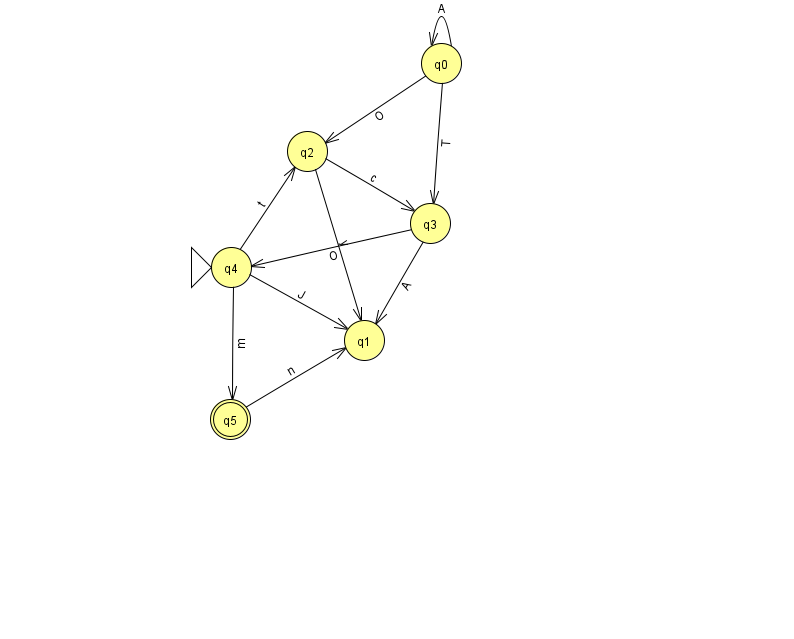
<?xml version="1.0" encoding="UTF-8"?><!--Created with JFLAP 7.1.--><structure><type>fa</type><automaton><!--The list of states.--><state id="0" name="q0"><x>441.0</x><y>50.0</y></state><state id="1" name="q1"><x>364.0</x><y>327.0</y></state><state id="2" name="q2"><x>307.0</x><y>138.0</y></state><state id="3" name="q3"><x>430.0</x><y>210.0</y></state><state id="4" name="q4"><x>231.0</x><y>254.0</y><initial/></state><state id="5" name="q5"><x>230.0</x><y>406.0</y><final/></state><!--The list of transitions.--><transition><from>3</from><to>4</to><read>O</read></transition><transition><from>0</from><to>0</to><read>A</read></transition><transition><from>2</from><to>3</to><read>c</read></transition><transition><from>4</from><to>1</to><read>J</read></transition><transition><from>4</from><to>5</to><read>m</read></transition><transition><from>0</from><to>2</to><read>O</read></transition><transition><from>3</from><to>1</to><read>A</read></transition><transition><from>5</from><to>1</to><read>n</read></transition><transition><from>4</from><to>2</to><read>t</read></transition><transition><from>2</from><to>1</to><read>y</read></transition><transition><from>0</from><to>3</to><read>T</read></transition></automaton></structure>